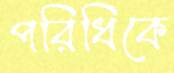
পরিধিকে